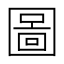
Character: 圖